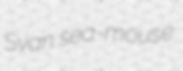
Svan sea-mouse